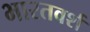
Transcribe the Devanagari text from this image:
भारतवर्श